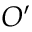
O ^ { \prime }